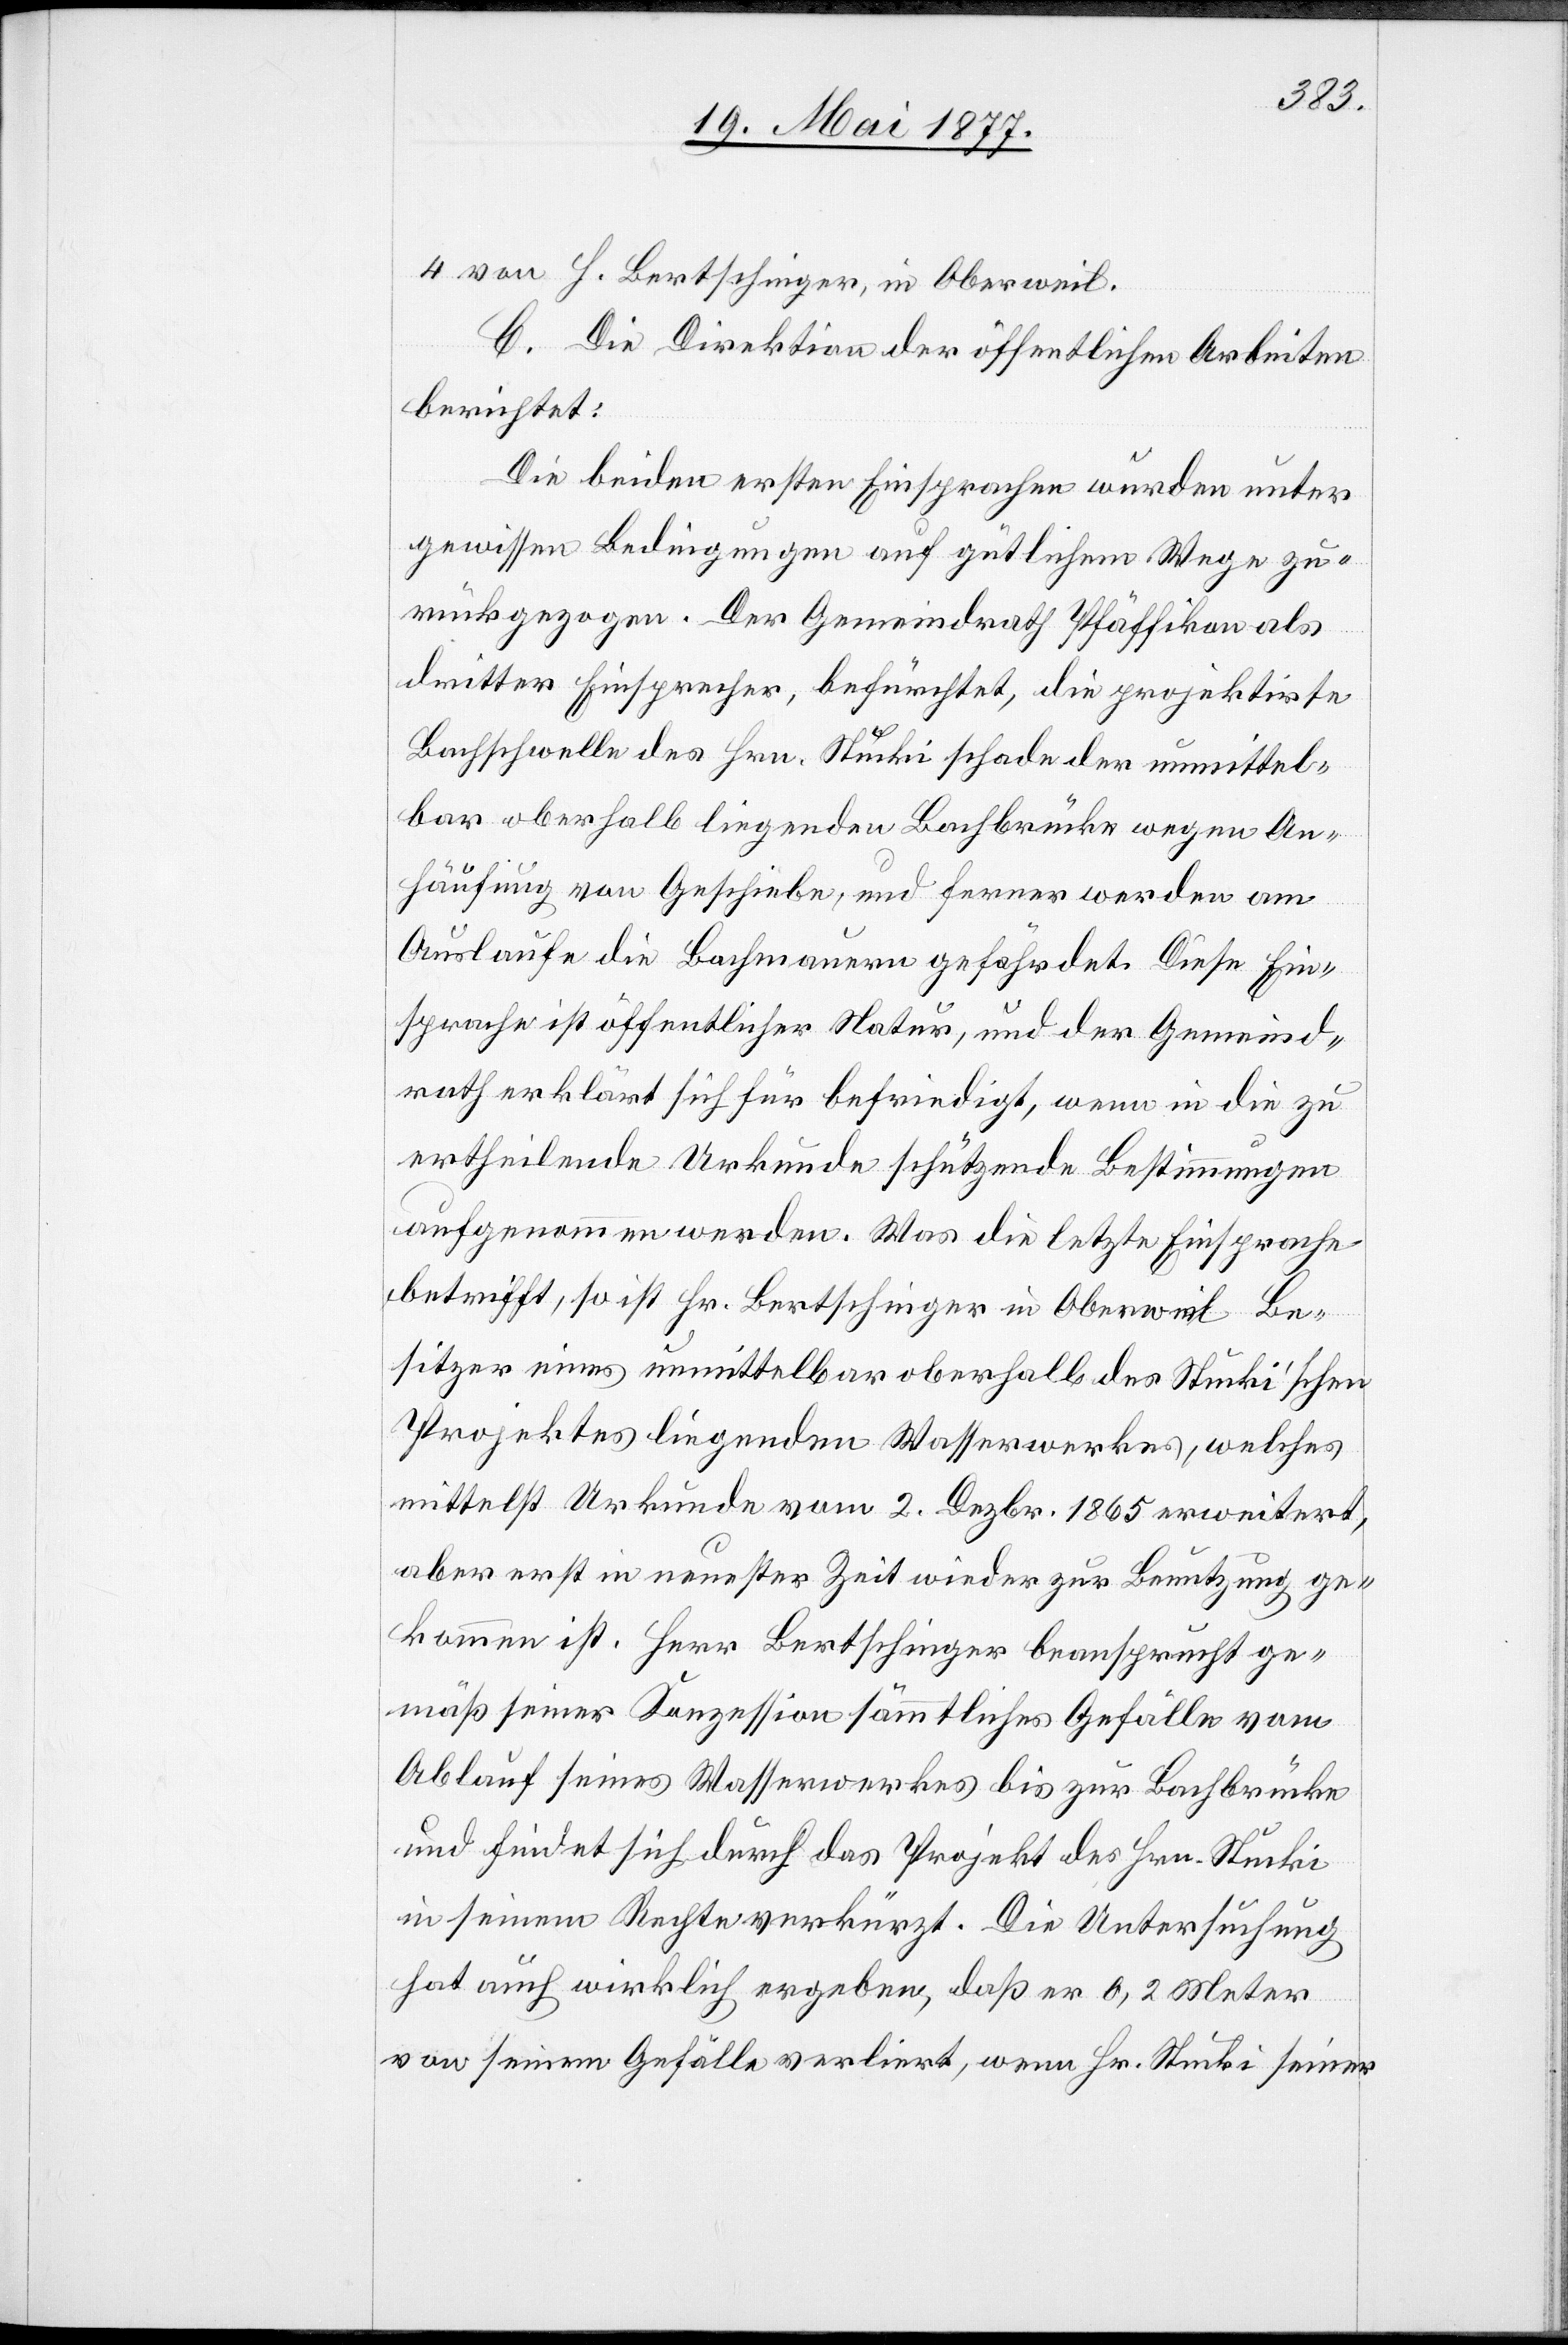
4. von H. Bertschinger, in Oberweil.
C. Die Direktion der öffentlichen Arbeiten
berichtet:
Die beiden ersten Einsprachen wurden unter
gewissen Bedingungen auf gütlichem Wege zu¬
rückgezogen. Der Gemeindrath Pfäffikon als
dritter Einsprecher, befürchtet, die projektirte
Bachschwelle des Hrn. Stucki schade der unmittel¬
bar oberhalb liegenden Bachbrücke wegen An¬
häufung von Geschiebe, und ferner werden am
Auslaufe die Bachmauern gefährdet. Diese Ein¬
sprache ist öffentlicher Natur, und der Gemeind¬
rath erklärt sich für befriedigt, wenn in die zu
ertheilende Urkunde schützende Bestimmungen
aufgenommen werden. Was die letzte Einsprache
betrifft, so ist Hr. Bertschinger in Oberweil Be¬
sitzer eines unmittelbar oberhalb des Stucki’schen
Projektes liegenden Wasserwerks, welches
mittelst Urkunde vom 2. Dezbr. 1865 erweitert,
aber erst in neuester Zeit wieder zur Benutzung ge¬
kommen ist. Herr Bertschinger beansprucht ge¬
mäß seiner Konzession sämmtliches Gefälle vom
Ablauf seines Wasserwerkes bis zur Bachbrücke
und findet sich durch das Projekt des Hrn. Stucki
in seinem Rechte verkürzt. Die Untersuchung
hat auch wirklich ergeben, daß er 0,2 Meter
von seinem Gefälle verliert, wenn Hr. Stucki seiner